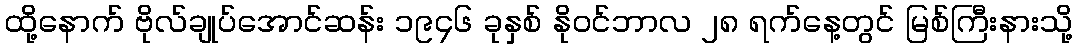
ထို့နောက် ဗိုလ်ချုပ်အောင်ဆန်း ၁၉၄၆ ခုနှစ် နိုဝင်ဘာလ ၂၈ ရက်နေ့တွင် မြစ်ကြီးနားသို့